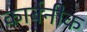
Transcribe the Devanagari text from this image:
कार्बनीक